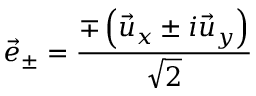
\vec { e } _ { \pm } = \frac { \mp \left( \vec { u } _ { x } \pm i \vec { u } _ { y } \right) } { \sqrt { 2 } }